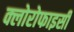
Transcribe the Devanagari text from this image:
क्लोरोफाइसी